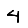
Digit: 4